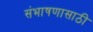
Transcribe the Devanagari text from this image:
संभाषणासाठी